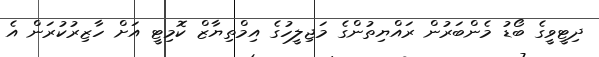
ދިޓީވީގެ ބޯޑު މެންބަރުން ރައްޔިތުންގެ މަޖިލީހުގެ އިމްތިޔާޒް ކޮމިޓީ އަށް ހާޒިރުކުރަން އެ